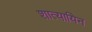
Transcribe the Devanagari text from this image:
शात्यायिन